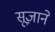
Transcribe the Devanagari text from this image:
सूज़ाने